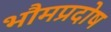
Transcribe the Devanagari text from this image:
भौमप्रदोष